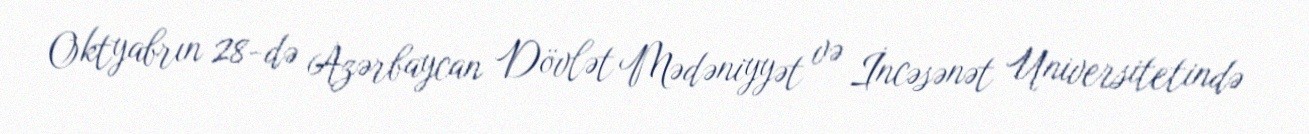
Oktyabrın 28-də Azərbaycan Dövlət Mədəniyyət və İncəsənət Universitetində